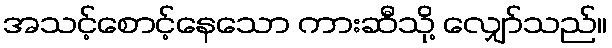
အသင့်စောင့်နေသော ကားဆီသို့ လျှော်သည်။